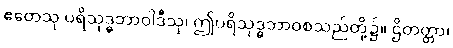
ဧတေသု ပရိသုဒ္ဓဘာဝါဒီသု၊ ဤပရိသုဒ္ဓဘာဝစသည်တို့၌။ ဌိတတ္တာ၊